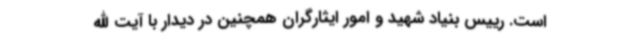
است. رییس بنیاد شهید و امور ایثارگران همچنین در دیدار با آیت الله